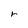
Character: r